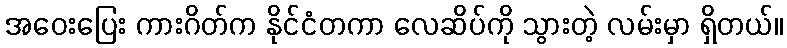
အဝေးပြေး ကားဂိတ်က နိုင်ငံတကာ လေဆိပ်ကို သွားတဲ့ လမ်းမှာ ရှိတယ်။